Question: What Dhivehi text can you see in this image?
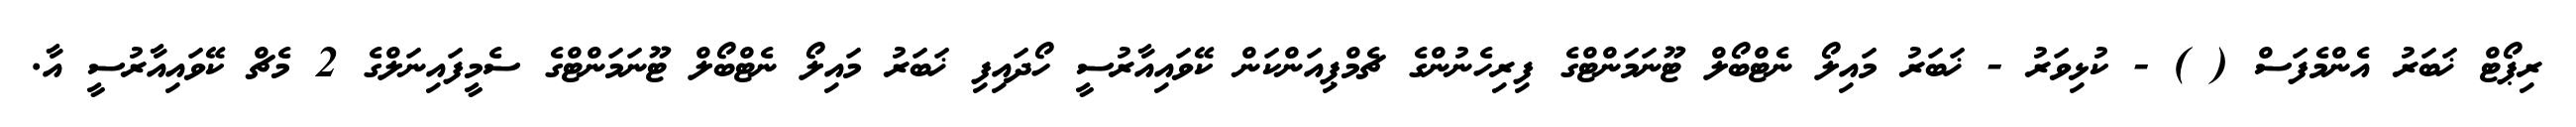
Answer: ރިޕޯޓް ޚަބަރު އެންމެފަސް ( ) - ކުޅިވަރު - ޚަބަރު މައިލޯ ނެޓްބޯލް ޓޫނަމަންޓްގެ ފިރިހެނުންގެ ޗެމްޕިއަންކަން ކޭވައިއާރުސީ ހޯދައިފި ޚަބަރު މައިލޯ ނެޓްބޯލް ޓޫނަމަންޓްގެ ސެމީފައިނަލްގެ 2 މެޗް ކޭވައިއާރުސީ އާ.